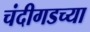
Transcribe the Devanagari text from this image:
चंदीगडच्या